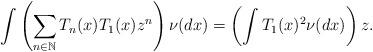
LaTeX: \begin{align*}\int\left(\sum_{n\in\mathbb{N}}T_n(x)T_1(x)z^n\right)\nu(dx)=\left(\int T_1(x)^2\nu(dx)\right)z.\end{align*}